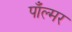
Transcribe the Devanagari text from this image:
पाँल्मर